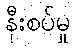
နီးစပ်မှု